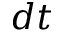
d t